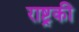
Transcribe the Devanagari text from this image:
राष्ट्रकी